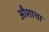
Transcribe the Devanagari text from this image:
औशाचा